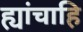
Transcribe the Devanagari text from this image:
ह्यांचाहि